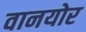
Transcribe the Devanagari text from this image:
वानयोर